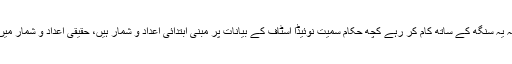
ذرائع کا کہنا ہے کہ یہ سنگھ کے ساتھ کام کر رہے کچھ حکام سمیت نوئیڈا اسٹاف کے بیانات پر مبنی ابتدائی اعداد و شمار ہیں، حقیقی اعداد و شمار میں اضافہ ہوسکتا ہے۔